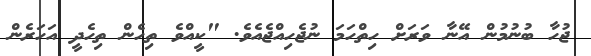
ޖުހާ ބުނުމުން އޭނާ ވަރަށް ހިތްހަމަ ނުޖެހިއްޖެއެވެ. "ކީއްވެ ތިހެން ތިހެދީ އަހަރެން